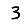
Digit: 3